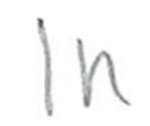
Text: In
Cross-out: clean
Writing tool: pencil